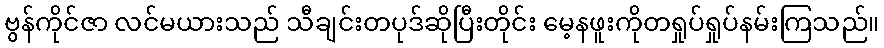
ဗွန်ကိုင်ဇာ လင်မယားသည် သီချင်းတပုဒ်ဆိုပြီးတိုင်း မေ့နဖူးကိုတရှုပ်ရှုပ်နမ်းကြသည်။